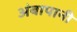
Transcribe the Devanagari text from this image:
अंबापानी